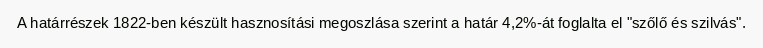
A határrészek 1822-ben készült hasznosítási megoszlása szerint a határ 4,2%-át foglalta el "szőlő és szilvás".